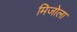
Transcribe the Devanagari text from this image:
मिजोला